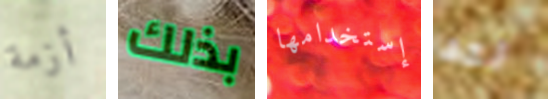
أزمة بذلك إستخدامها لقد